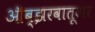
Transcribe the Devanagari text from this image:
ऑब्झरवातूअर